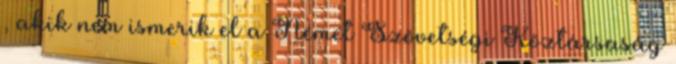
, akik nem ismerik el a Német Szövetségi Köztársaság